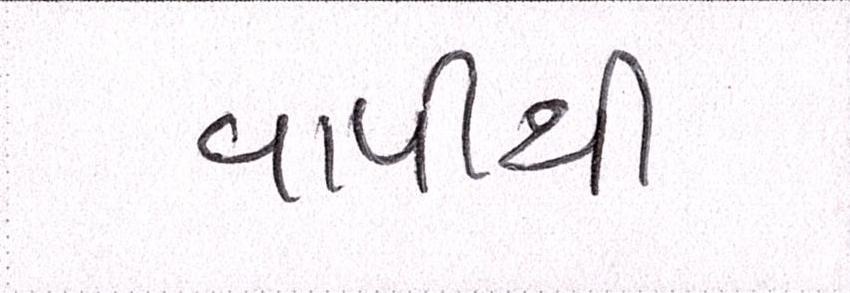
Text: વાપીથી